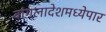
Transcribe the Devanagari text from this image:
बांगलादेशमध्येपार